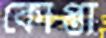
কোপ্তা